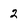
Character: 2